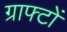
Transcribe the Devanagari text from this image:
ग्राफ्टों